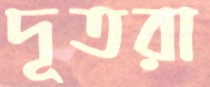
দূতরা